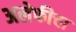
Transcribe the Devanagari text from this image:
अलेफीचा